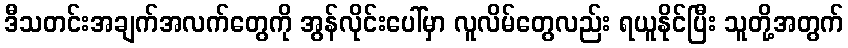
ဒီသတင်းအချက်အလက်တွေကို အွန်လိုင်းပေါ်မှာ လူလိမ်တွေလည်း ရယူနိုင်ပြီး သူတို့အတွက်